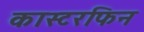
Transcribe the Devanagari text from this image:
कास्टरफिन